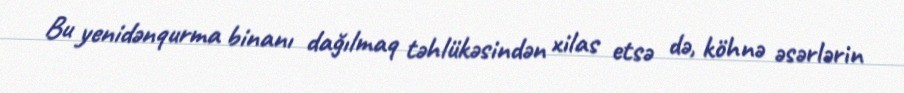
Bu yenidənqurma binanı dağılmaq təhlükəsindən xilas etsə də, köhnə əsərlərin